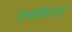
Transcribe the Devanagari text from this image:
एम्लीफायर